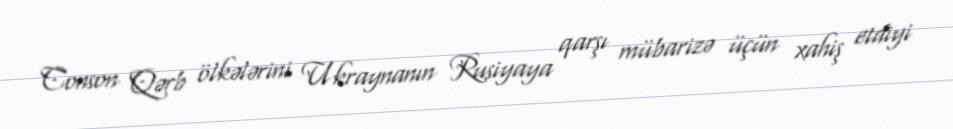
Conson Qərb ölkələrini Ukraynanın Rusiyaya qarşı mübarizə üçün xahiş etdiyi